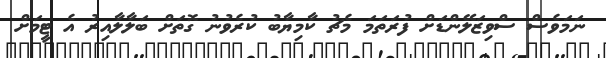
ނަމަވެސް ސްވިޒަލޭންޑަށް ފުރަތަމަ މެޗު ކާމިޔާބު ކުރެވުނު ގޮތަށް ބަލާލާއިރު އެ ޓީމަށް